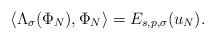
LaTeX: \begin{align*}\langle\Lambda_{\sigma}(\Phi_N),\Phi_N\rangle = E_{s,p,\sigma}(u_N).\end{align*}